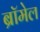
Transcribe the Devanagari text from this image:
ब्रॉमेल